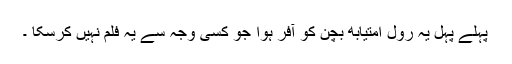
پہلے پہل یہ رول امتیابھ بچن کو آفر ہوا جو کسی وجہ سے یہ فلم نہیں کرسکا ۔